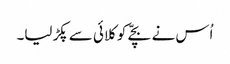
اُس نے بچّے کو کلائی سے پکڑ لیا۔